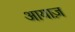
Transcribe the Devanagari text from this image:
आयाज़